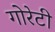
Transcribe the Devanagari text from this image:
गोरेटी